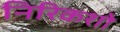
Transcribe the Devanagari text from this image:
निरिकशो